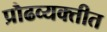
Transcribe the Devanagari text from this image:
प्रौढव्यक्तीत